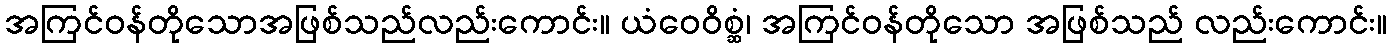
အကြင်ဝန်တိုသောအဖြစ်သည်လည်းကောင်း။ ယံဝေဝိစ္ဆံ၊ အကြင်ဝန်တိုသော အဖြစ်သည် လည်းကောင်း။